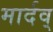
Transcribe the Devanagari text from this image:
मार्दव्